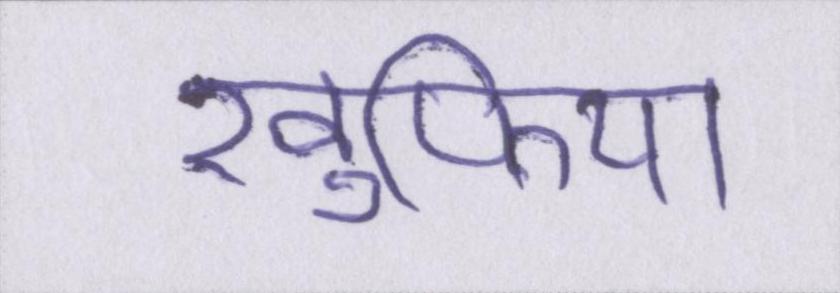
खुफिया